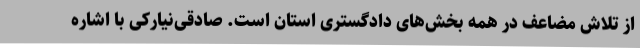
از تلاش مضاعف در همه بخش‌های دادگستری استان است. صادقی‌نیارکی با اشاره